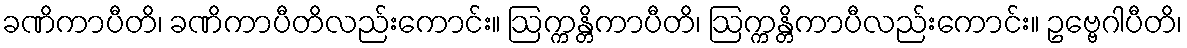
ခဏိကာပီတိ၊ ခဏိကာပီတိလည်းကောင်း။ ဩက္ကန္တိကာပီတိ၊ ဩက္ကန္တိကာပီလည်းကောင်း။ ဥဗ္ဗေဂါပီတိ၊